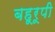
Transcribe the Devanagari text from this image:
बहूरूपी